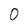
Character: 0